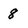
Character: 8